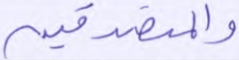
والمتصدقين